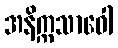
အနိက္ကသာဝေါ